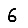
Digit: 6